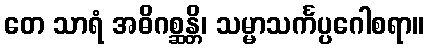
တေ သာရံ အဓိဂစ္ဆန္တိ၊ သမ္မာသင်္ကပ္ပဂေါစရာ။